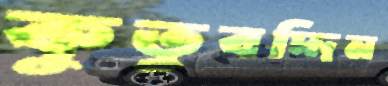
কুতুবদ্দিন